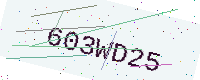
Text: 603WD25